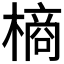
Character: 𭫶